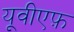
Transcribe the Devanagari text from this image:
यूवीएफ़